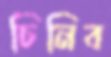
চিনিব